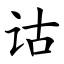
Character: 诂